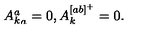
\begin{matrix} { { A _ { k } ^ { a } } _ { a } = 0 , } & { A _ { k } ^ { [ a b ] ^ { + } } = 0 . } \\ \end{matrix}